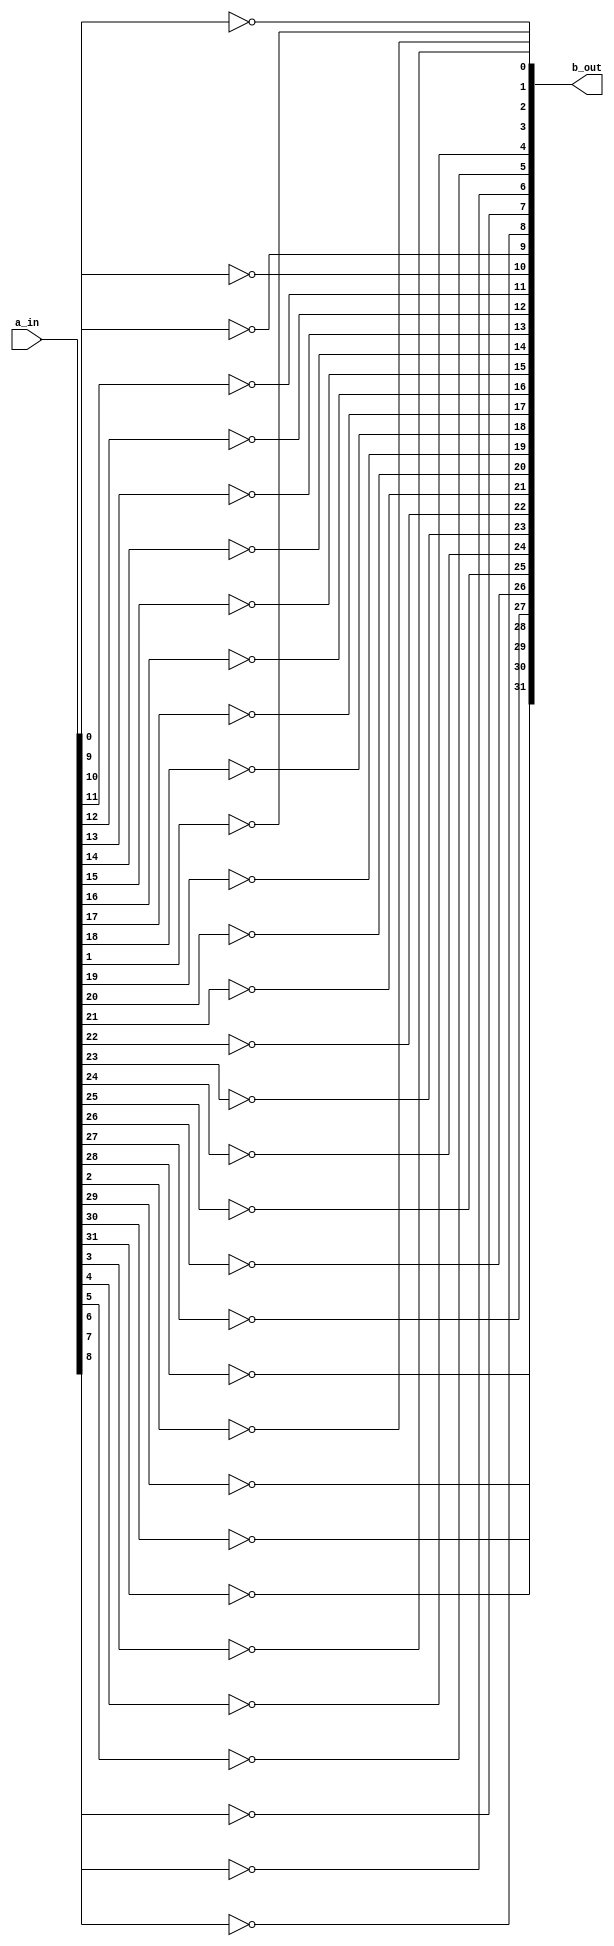
// This program was cloned from: https://github.com/martinmaly21/ELEC374
// License: MIT License

module not_32_gate(
			input wire [31:0] a_in,
			output [31:0] b_out
			);
			
			
			genvar i;
			generate
					for(i = 0; i<32; i = i + 1)
						begin: gen_loop
							assign b_out[i] = !(a_in[i]);
						end
			endgenerate
endmodule